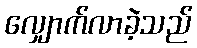
လျှောက်လာခဲ့သည်